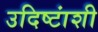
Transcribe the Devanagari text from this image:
उदिष्टांशी